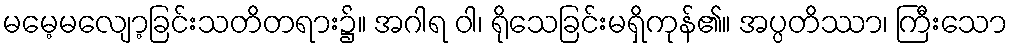
မမေ့မလျော့ခြင်းသတိတရား၌။ အဂါရ ဝါ၊ ရိုသေခြင်းမရှိကုန်၏။ အပ္ပတိဿာ၊ ကြီးသော